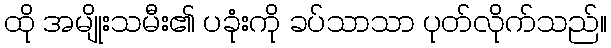
ထို အမျိုးသမီး၏ ပခုံးကို ခပ်သာသာ ပုတ်လိုက်သည်။